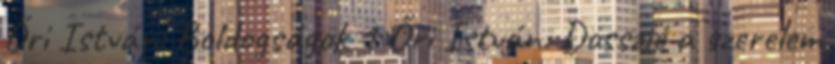
Őri István: Boldogságok 1 Őri István: Dosszié a szerelem